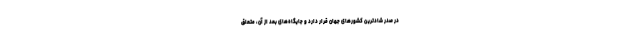
در صدر شادترین کشورهای جهان قرار دارد و جایگاه‌های بعد از آن، متعلق